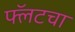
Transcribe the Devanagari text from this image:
फ्लॅटचा